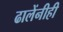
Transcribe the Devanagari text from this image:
ढालेंनीही